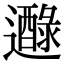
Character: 𨘭